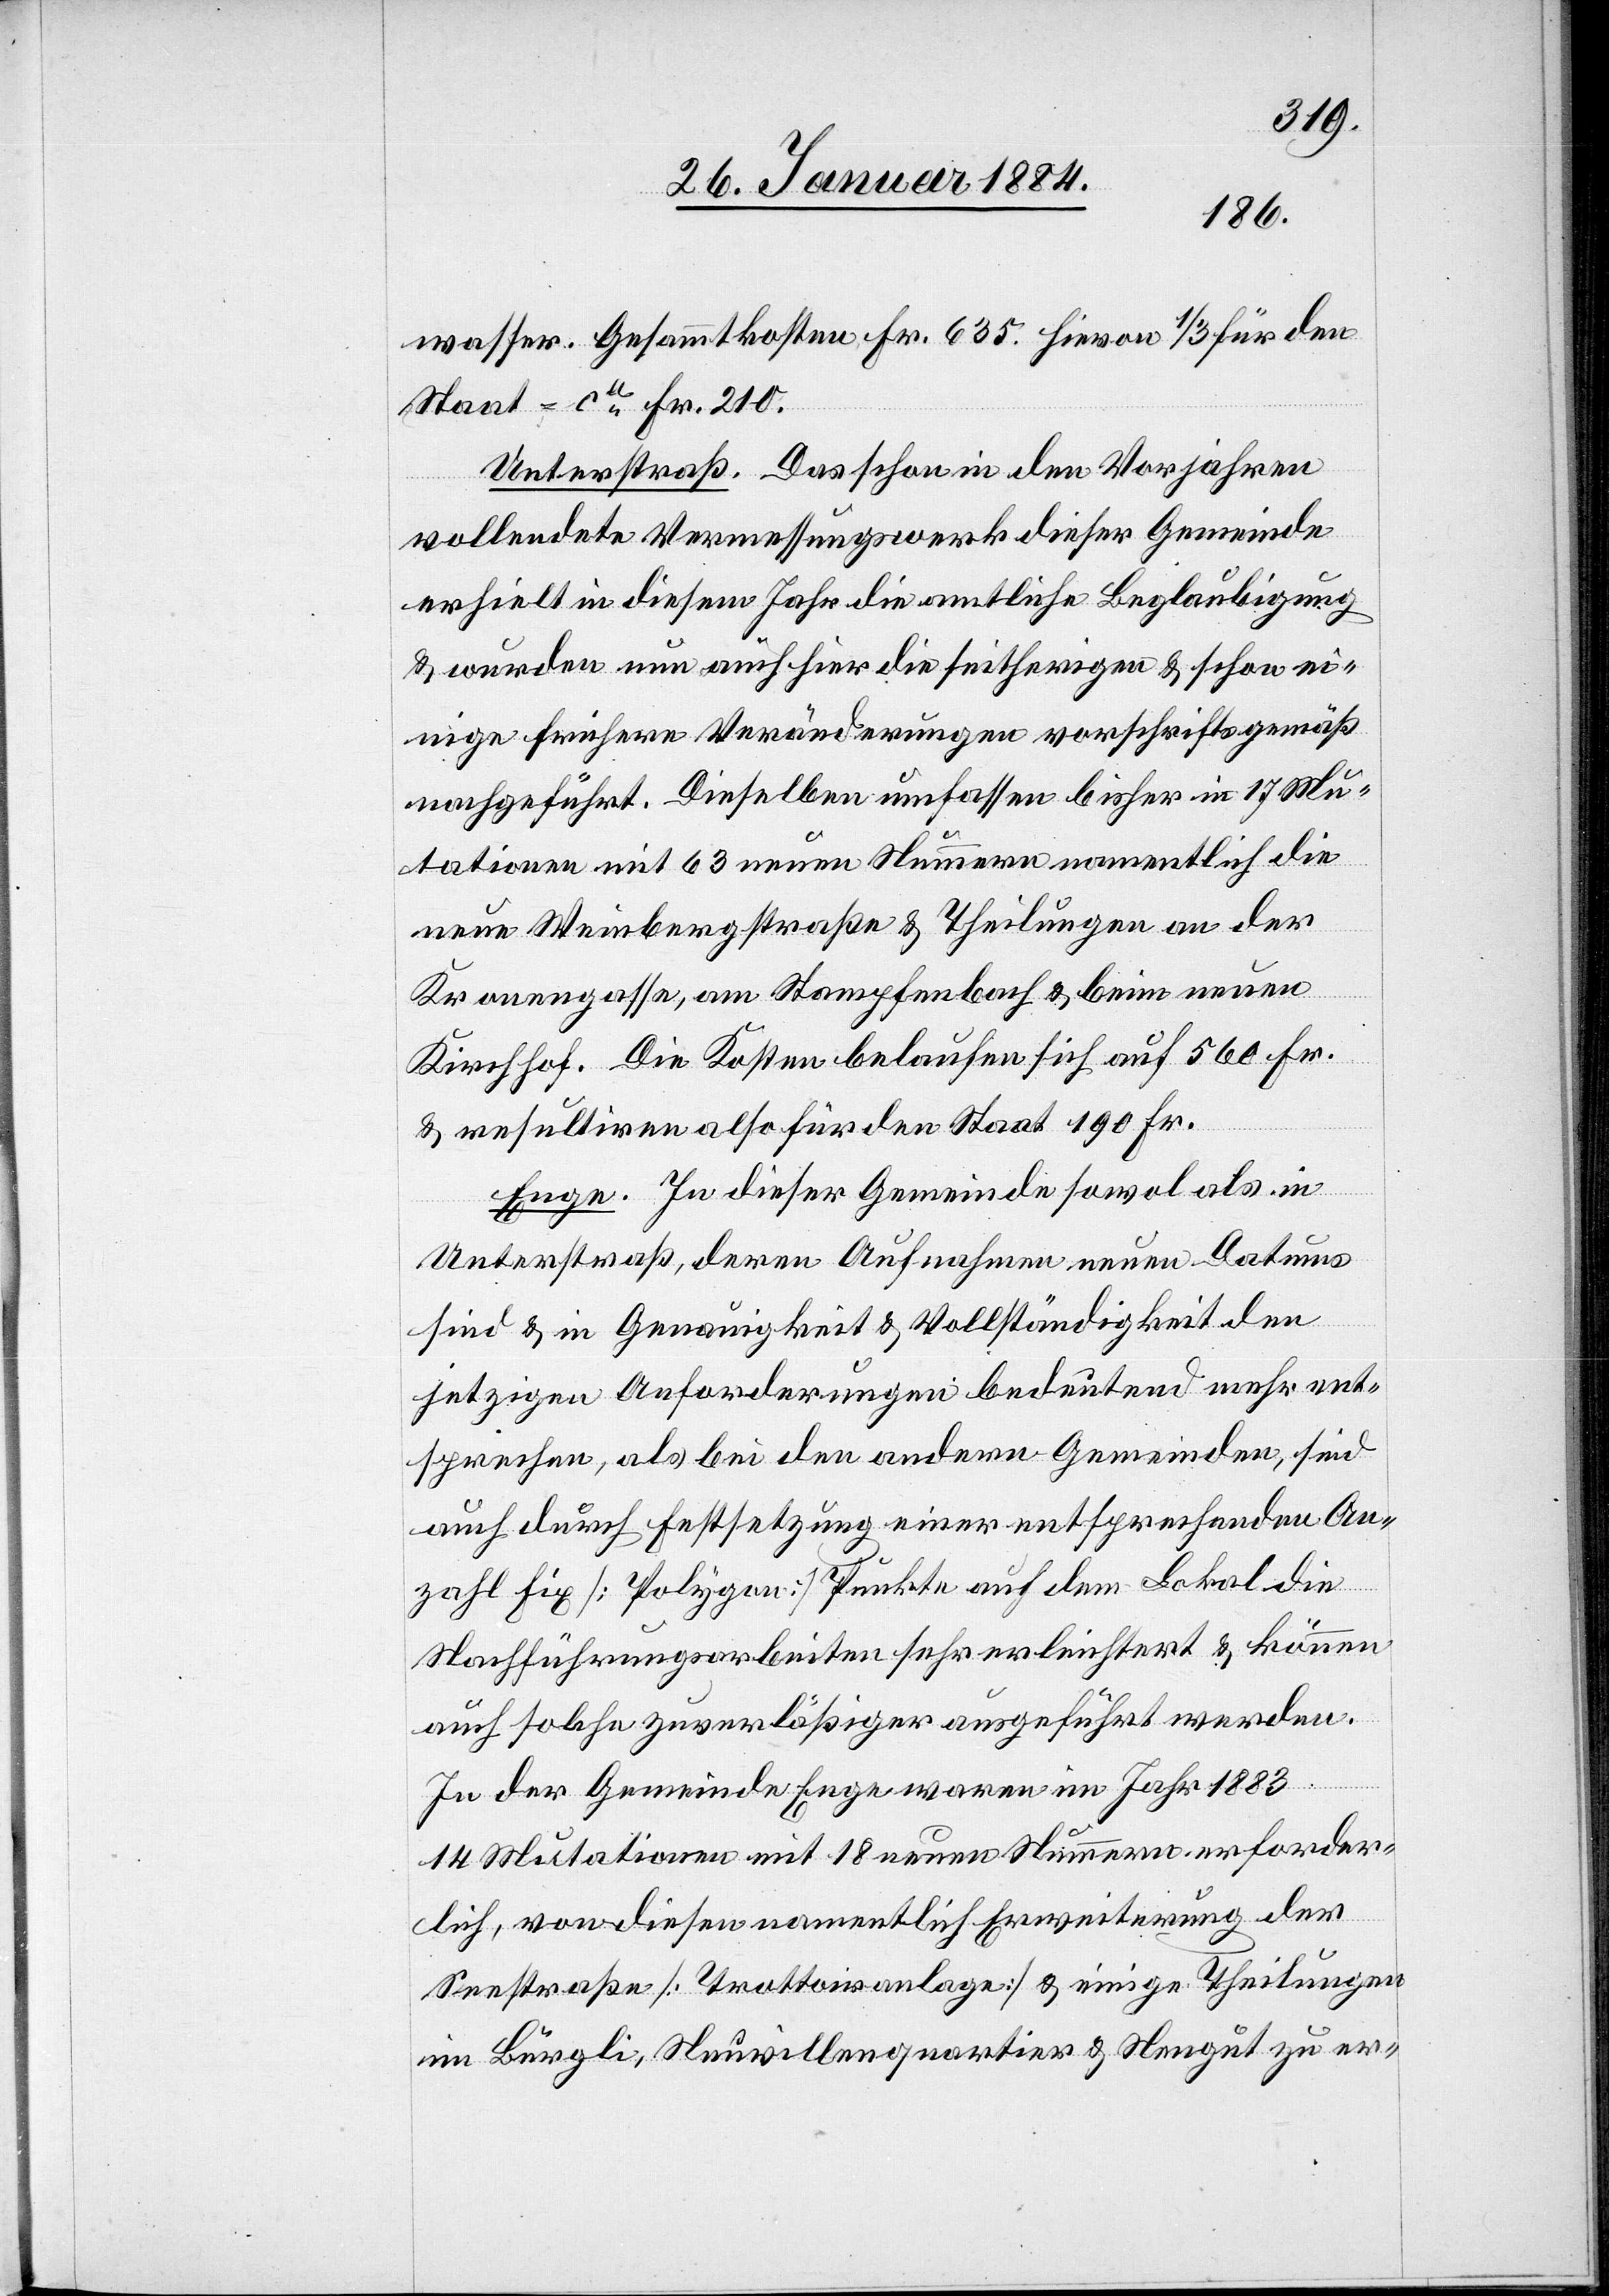
wasser. Gesammtkosten Fr. 635. Hievon 1/3 für den
Staat = ca Fr. 210.
Unterstraß. Das schon in den Vorjahren
vollendete Vermessungswerk dieser Gemeinde
erhielt in diesem Jahr die amtliche Beglaubigung
& wurden neu auch hier die seitherigen & schon ei¬
nige frühere Veränderungen vorschriftsgemäß
nachgeführt. Dieselben umfassen bisher in 17 Mu¬
tationen mit 63 neuen Nummern namentlich die
neue Weinbergstraße & Theilungen an der
Kronengasse, am Stampfenbach & beim neuen
Kirchhof. Die Kosten belaufen sich auf 560 Fr.
& resultieren also für den Staat 190 Fr.
Enge. In dieser Gemeinde sowol als in
Unterstraß, deren Aufnahmen neuen Datums
sind & in Genauigkeit & Vollständigkeit den
jetzigen Anforderungen bedeutend mehr ent¬
sprechen, als bei den andern Gemeinden, sind
auch durch Festsetzung einer entsprechenden An¬
zahl Fix- (Polygen-) Punkte auf dem Lokal die
Nachführungsarbeiten sehr erleichtert & können
auch solche zuverläßiger ausgeführt werden.
In der Gemeine Enge waren im Jahr 1883
14 Mutationen mit 18 neuen Nummern erforder¬
lich, von diesen namentlich Erweiterungen der
Seestraße [Trottoiranlage] & einige Theilungen
im Bürgli, Neuvillenquartier & Neugut zu er-